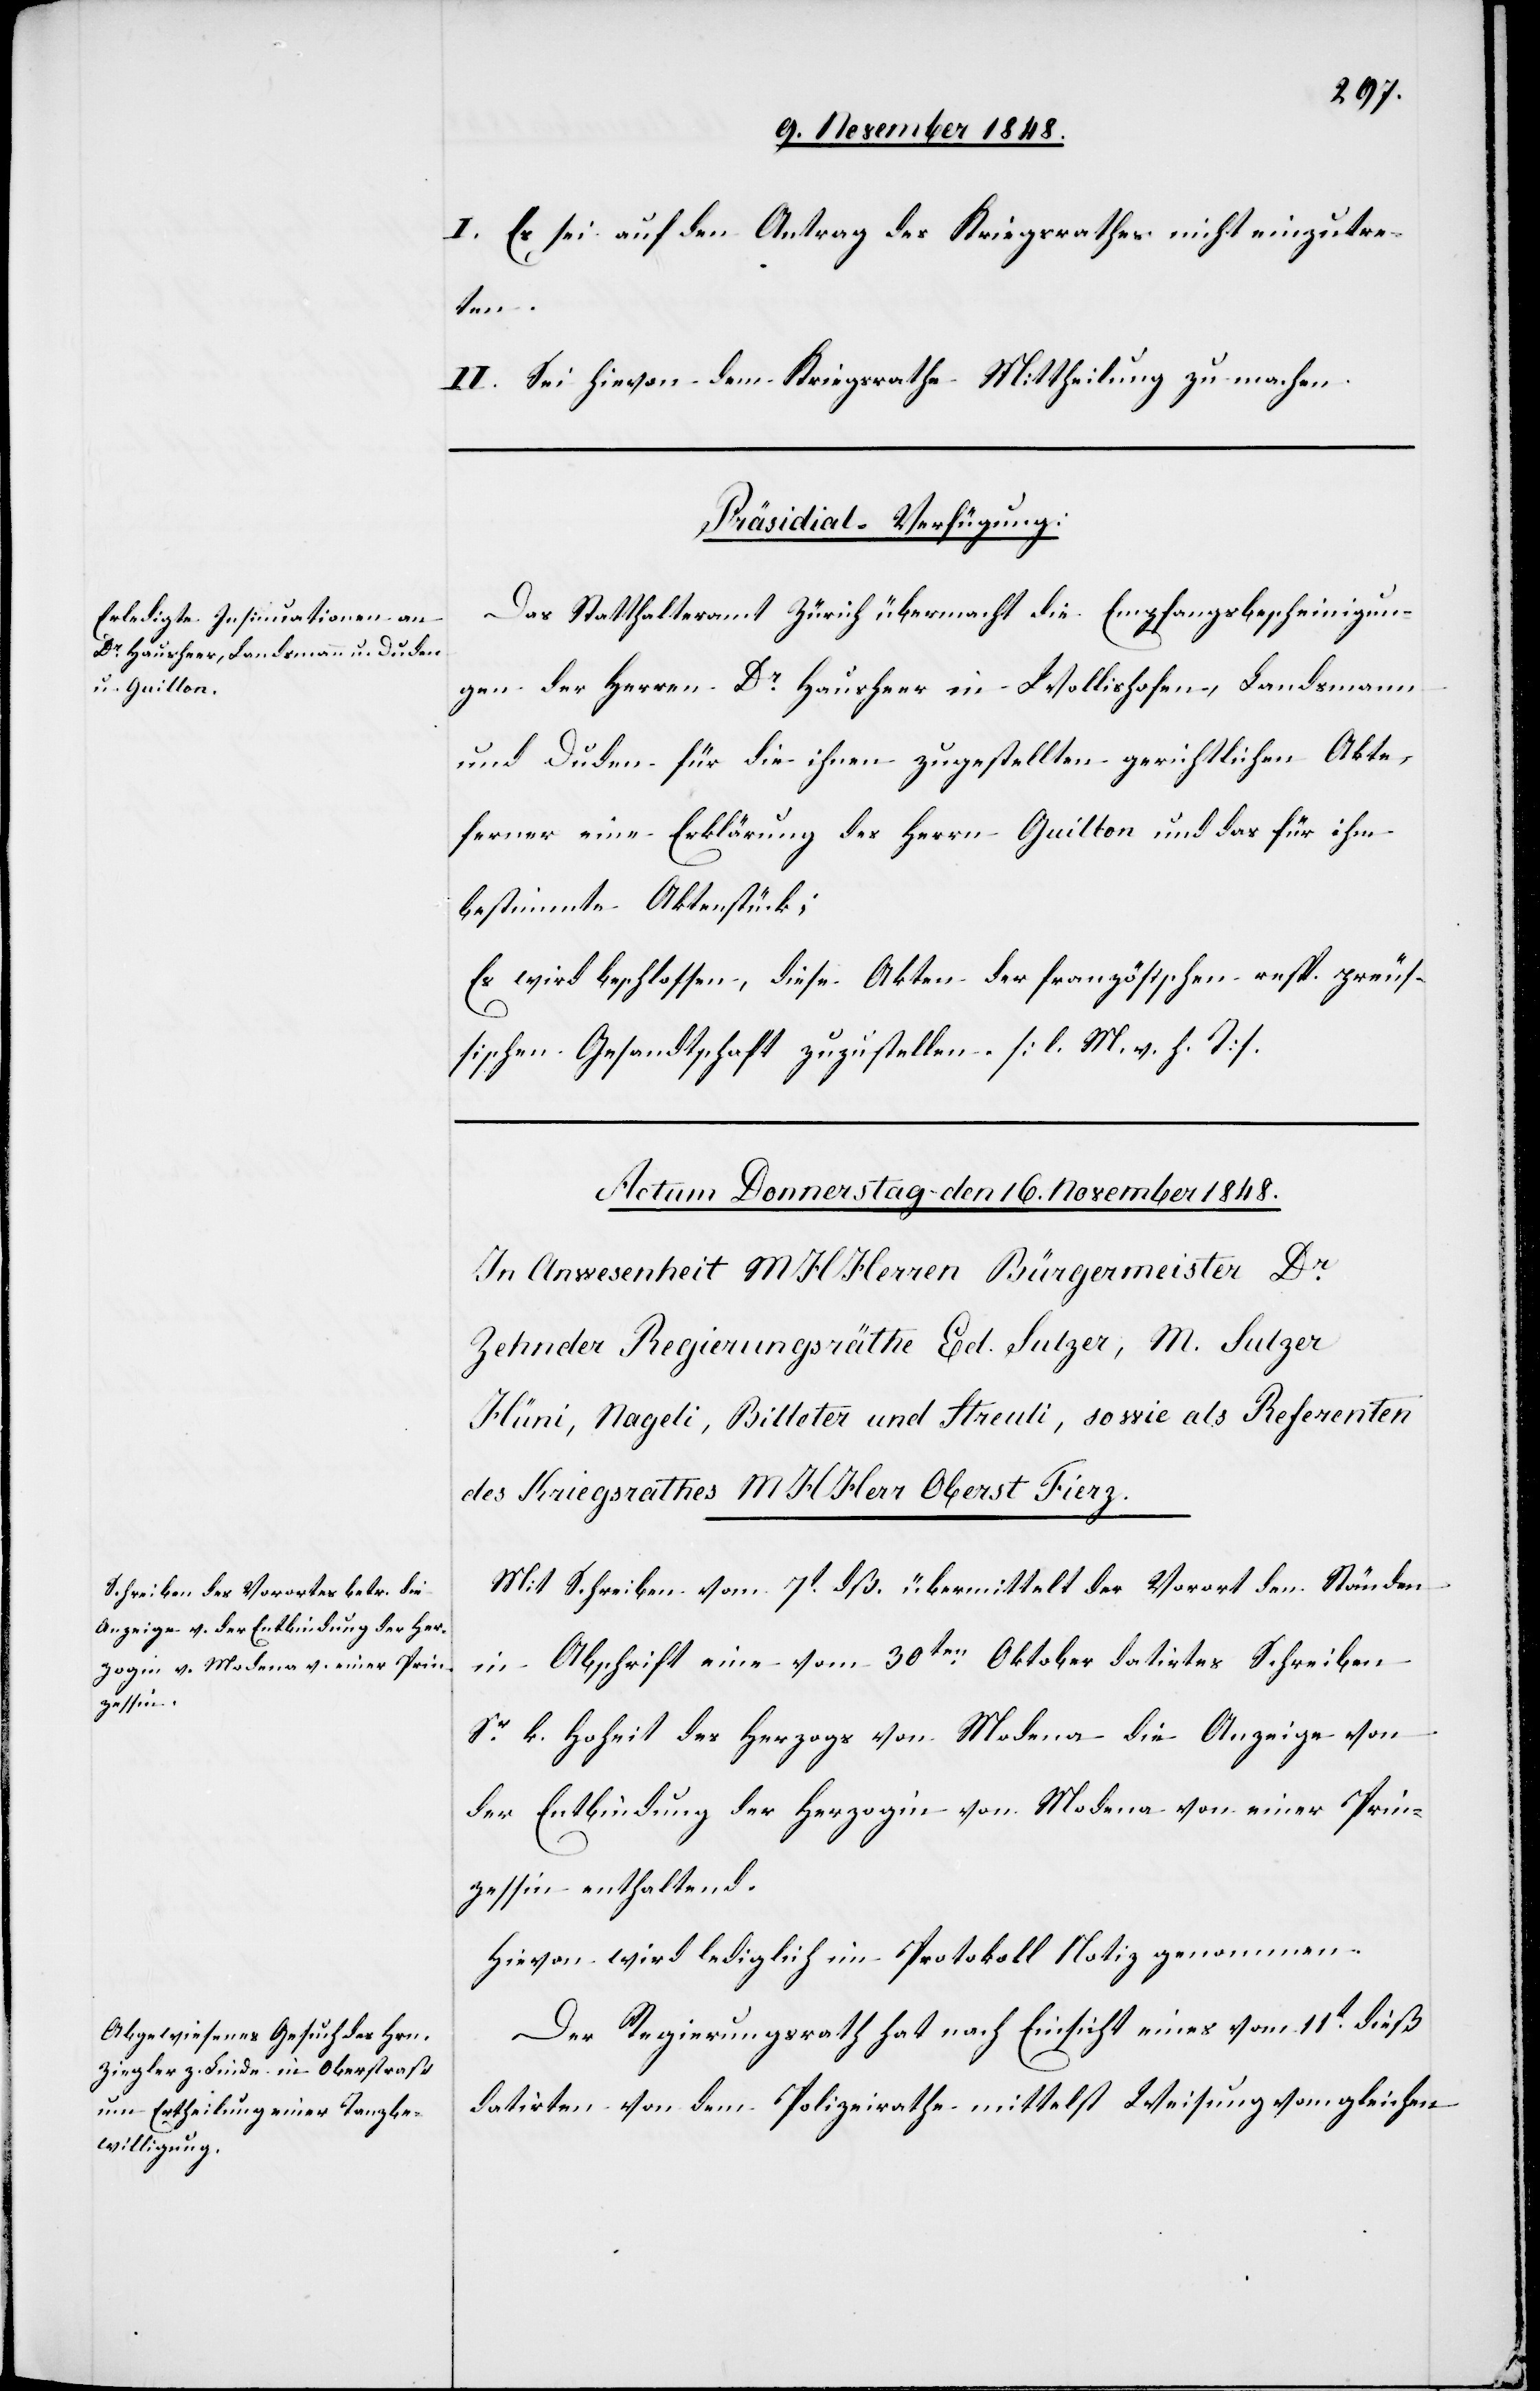
14. November 1848]
I. Es sei auf den Antrag des Kriegsrathes nicht einzutre¬
den
II. Sei hievon dem Kriegsrathe Mittheilung zu machen.
Präsidial-Verfügung:
Das Statthalteramt Zürich übermacht die Empfangsbescheinigun¬
gen der Herren Dr Hausheer in Wollishofen, Landsmann
und Duden für die ihnen zugestellten gerichtlichen Akte,
ferner eine Erklärung des Herrn Guillon und das für ihm
bestimmte Aktenstück;
Es wird beschlossen, diese Akten der französischen resp. preuß¬
ischen Gesandtschaft zuzustellen. [l. M. v. h. T]
Mit Schreiben vom 7t dß. übermittelt der Vorort den Ständen
in Abschrift ein vom 30ten Oktober datirtes Schreiben
Sr k. Hoheit des Herzogs von Modena die Anzeige von
der Entbindung der Herzogin von Modena von einer Prin¬
zessin enthaltend.
Hievon wird lediglich im Protokoll Notiz genommen.
Der Regierungsrath hat nach Einsicht eines vom 11t dieß
datirten von dem Polizeirathe mittelst Weisung vom gleichen